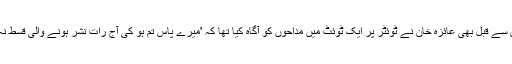
یاد رہے کہ 2 نومبر کو جب اس ڈرامے کی 12ویں قسط نشر کی گئی تو اس سے قبل بھی عائزہ خان نے ٹوئٹر پر ایک ٹوئٹ میں مداحوں کو آگاہ کیا تھا کہ 'میرے پاس تم ہو کی آج رات نشر ہونے والی قسط نہ دیکھیے گا، ورنہ آپ سب مجھ سے ہمیشہ کے لیے نفرت کرنے لگیں گے'۔